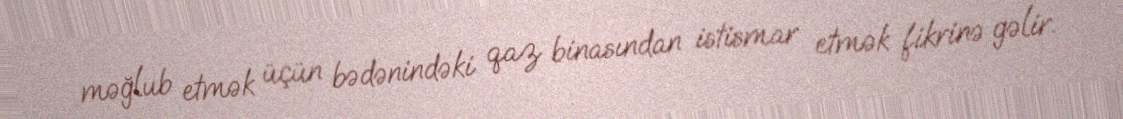
məğlub etmək üçün bədənindəki qaz binasından istismar etmək fikrinə gəlir.